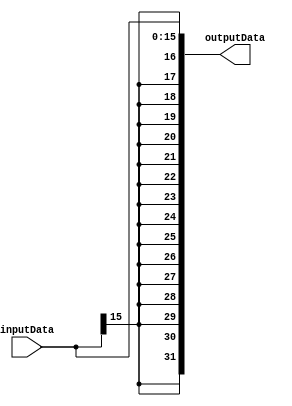
module sign_extender_16to32(inputData, outputData);
  
  input[15:0] inputData;
  output[31:0] outputData;
  reg [31:0] outputData=0;
  
  always@(inputData)
    begin
      
      outputData[15:0]  = inputData[15:0];
      outputData[31:16] = {16{inputData[15]}};
      
    end
endmodule